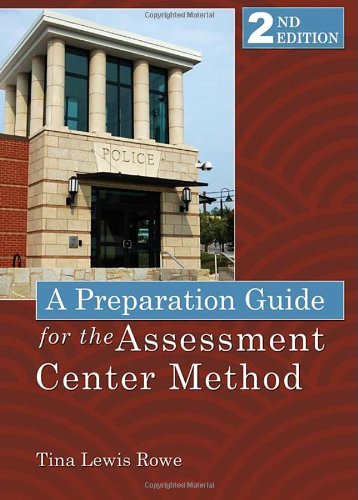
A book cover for A Preparation Guide for the Assessment Center Method; Tina Lewis Rowe; Law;